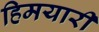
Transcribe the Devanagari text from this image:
हिमयारी